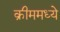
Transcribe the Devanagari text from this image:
क्रीममध्ये